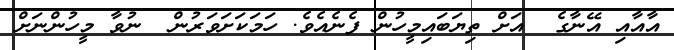
އާއާއި އޭނާގެ  އަށް ތިޔަބައިމީހުން ފެނެއެވެ. ހަމަކަށަވަރުން  ނުވާ މީހުންނަށް